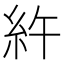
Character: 𥾿